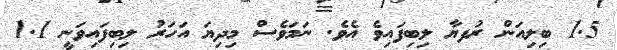
1.5 ބިލިއަން ރުފޔާ ލިބިފައިވެ އެވެ. ނަމަވެސް މިދިޔަ އަހަރު ލިބިފައިވަނީ 1.1